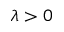
\lambda > 0